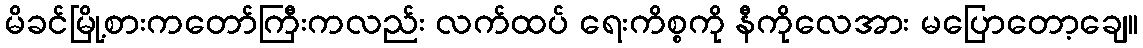
မိခင်မြို့စားကတော်ကြီးကလည်း လက်ထပ် ရေးကိစ္စကို နီကိုလေအား မပြောတော့ချေ။